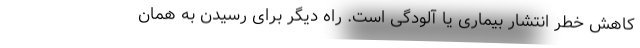
کاهش خطر انتشار بیماری یا آلودگی است. راه دیگر برای رسیدن به همان